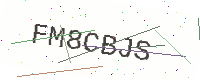
Text: FM8CBJS